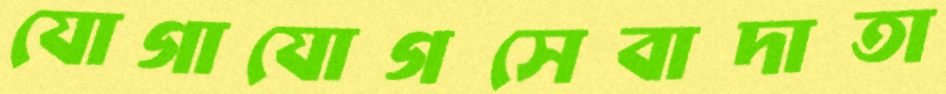
যোগাযোগসেবাদাতা